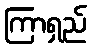
ကြာရှည်